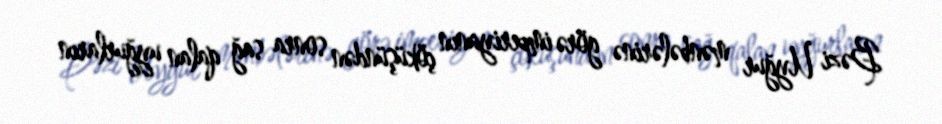
Bəzi Uyğur mənbələrinə görə imperiyanın çöküşündən sonra sağ qalan uyğurların